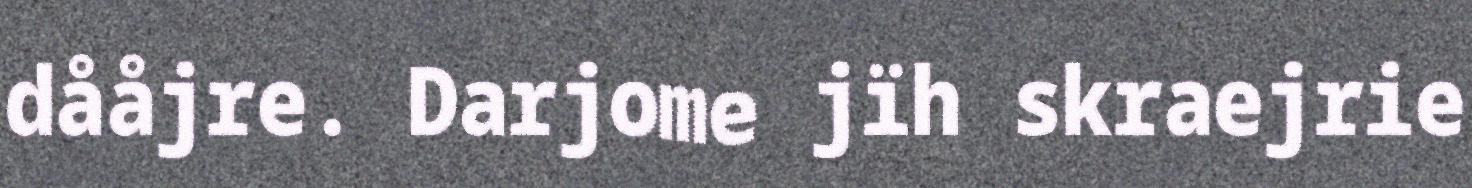
dååjre. Darjome jïh skraejrie